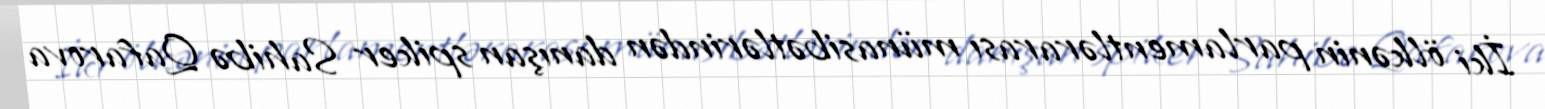
İki ölkənin parlamentlərarası münasibətlərindən danışan spiker Sahibə Qafarova